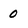
Character: 0